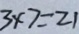
3 \times 7 = 2 1